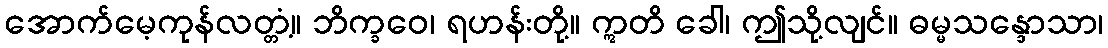
အောက်မေ့ကုန်လတ္တံ့။ ဘိက္ခဝေ၊ ရဟန်းတို့။ ဣတိ ခေါ၊ ဤသို့လျင်။ ဓမ္မသန္ဒောသာ၊